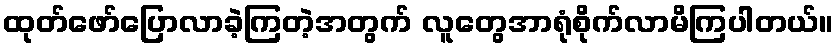
ထုတ်ဖော်ပြောလာခဲ့ကြတဲ့အတွက် လူတွေအာရုံစိုက်လာမိကြပါတယ်။